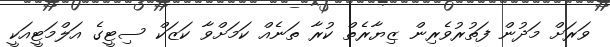
ވަރަށް މަދުން ފަތުރުވެރިން ޒިޔާރެތް ކުރާ ތަނެއް ކަމަށްވާ ކަޒަކް ސިޓީގެ އަލްމަޓީއަކީ